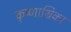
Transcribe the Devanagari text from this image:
कृष्णाभ्रिका